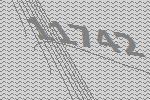
11742